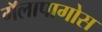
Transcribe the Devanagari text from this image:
गॅलापागोस